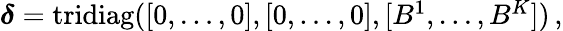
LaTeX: \begin{array}{r}{\boldsymbol{\delta}=\mathrm{tridiag}([0,\dots,0],[0,\dots,0],[B^{1},\dots,B^{K}])\, ,}\end{array}